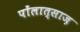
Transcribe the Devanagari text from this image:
पोंलात्साज़